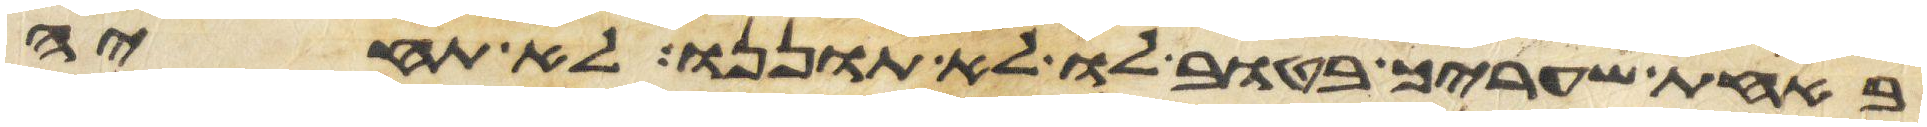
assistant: באחת שעריך בטוב לו לא תוננו לא תחיה